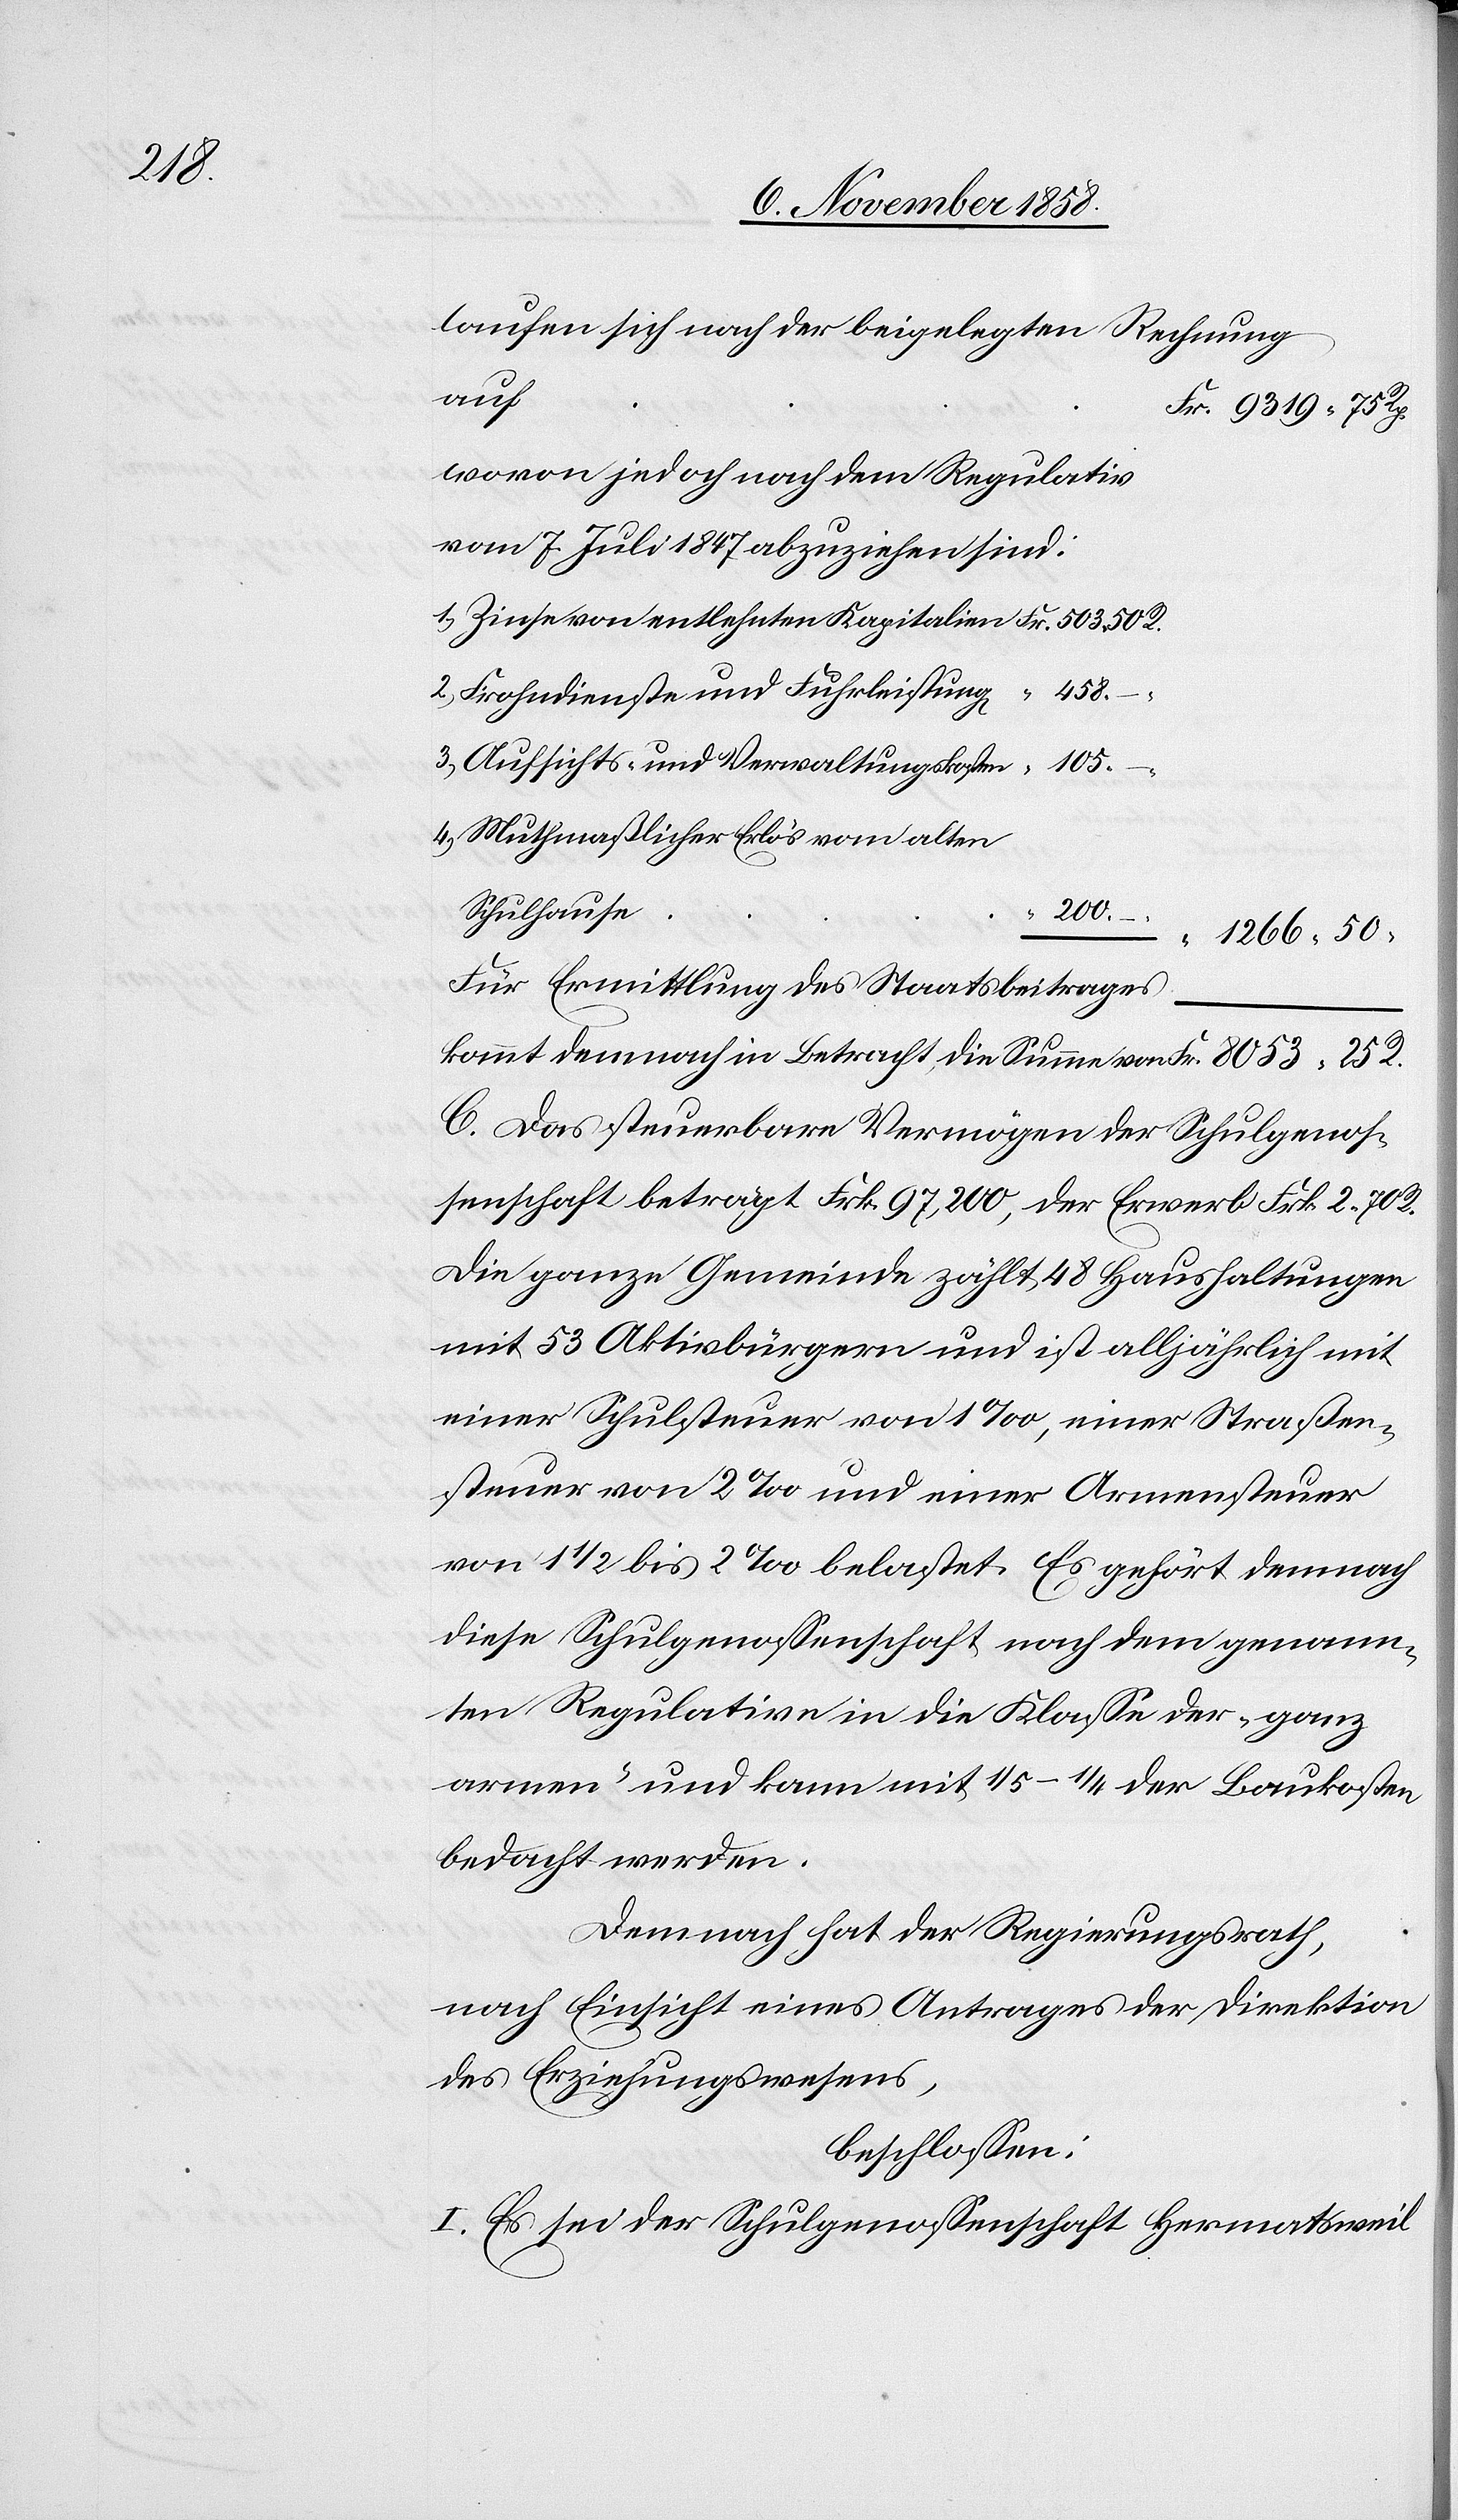
105.

nach
Fr. 8053 25 R.
wovon jedoch nach dem Regulativ
“
vom 7. Juli 1847 abzuziehen sind:
Zinse von entlehnten Kapitalien
Frohndienste und Fuhrleistung[en]
Aufsichts- und Verwaltungskosten
Muthmaßlicher Erlös vom alten
Schulhause
200.
“ 1266 50
Für Ermittlung des Staatsbeitrages
kommt demnach in Betracht, die Summe von
C. Das steuerbare Vermögen der Schulgenos¬
senschaft beträgt Frk. 97,200, der Erwerb Frk. 2 70
Die ganze Gemeinde zählt 48 Haushaltungen
mit 53 Aktivbürgern und ist alljährlich mit
einer Schulsteuer von 1‰, einer Straßen¬
steuer von 2‰ und einer Armensteuer
von 1 1/2 bis 2‰ belastet. Es gehört demnach
diese Schulgenossenschaft nach dem genann¬
ten Regulative in die Klasse der „ganz
armen“ und kann mit 1/5–1/4 der Baukosten
bedacht werden.
Demnach hat der Regierungsrath,
nach Einsicht eines Antrages der Direktion
des Erziehungswesens,
beschlossen:
I. Es sei der Schulgenossenschaft Hermatsweil